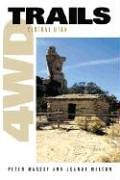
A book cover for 4WD Trails: Central Utah; Peter Massey; Travel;